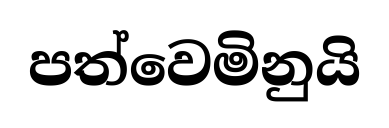
පත්වෙමිනුයි